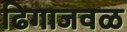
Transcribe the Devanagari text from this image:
ढिगाजवळ